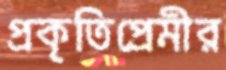
প্রকৃতিপ্রেমীর